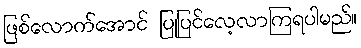
ဖြစ်လောက်အောင် ပြုပြင်လေ့လာကြရပါမည်။